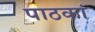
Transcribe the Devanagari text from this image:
पाठकां